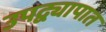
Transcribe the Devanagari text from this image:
उपद्व्यापात